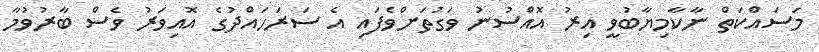
މަސައްކަތް ނާކާމިޔާބުވީ އިރު އޮއްސުނު ވަގުތަށްވެފައި އެ ސަރަހައްދުގެ އޮއިވަރު ވެސް ބާރުވުމާ